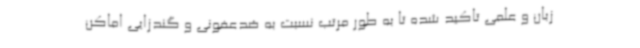
زبان و علمی تاکید شده تا به طور مرتب نسبت به ضدعفونی و گندزایی اماکن